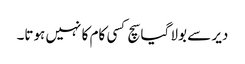
دیر سے بولا گیا سچ کسی کام کا نہیں ہوتا۔